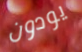
يودون